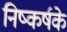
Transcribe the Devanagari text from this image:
निष्कर्षके